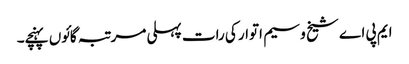
ایم پی اے شیخ وسیم اتوار کی رات پہلی مرتبہ گائوں پہنچے۔